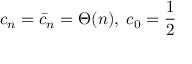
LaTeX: c _ { n } = \bar { c } _ { n } = \Theta ( n ) , \; c _ { 0 } = { \frac { 1 } { 2 } }